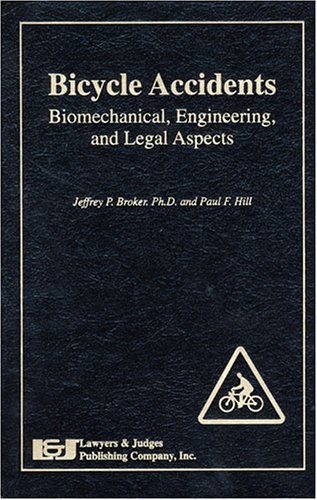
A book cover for Bicycle Accidents: Biomedical, Engineering and Legal Aspects; Jeffrey P. Broker; Law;